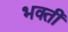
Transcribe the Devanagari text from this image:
भक्तीं